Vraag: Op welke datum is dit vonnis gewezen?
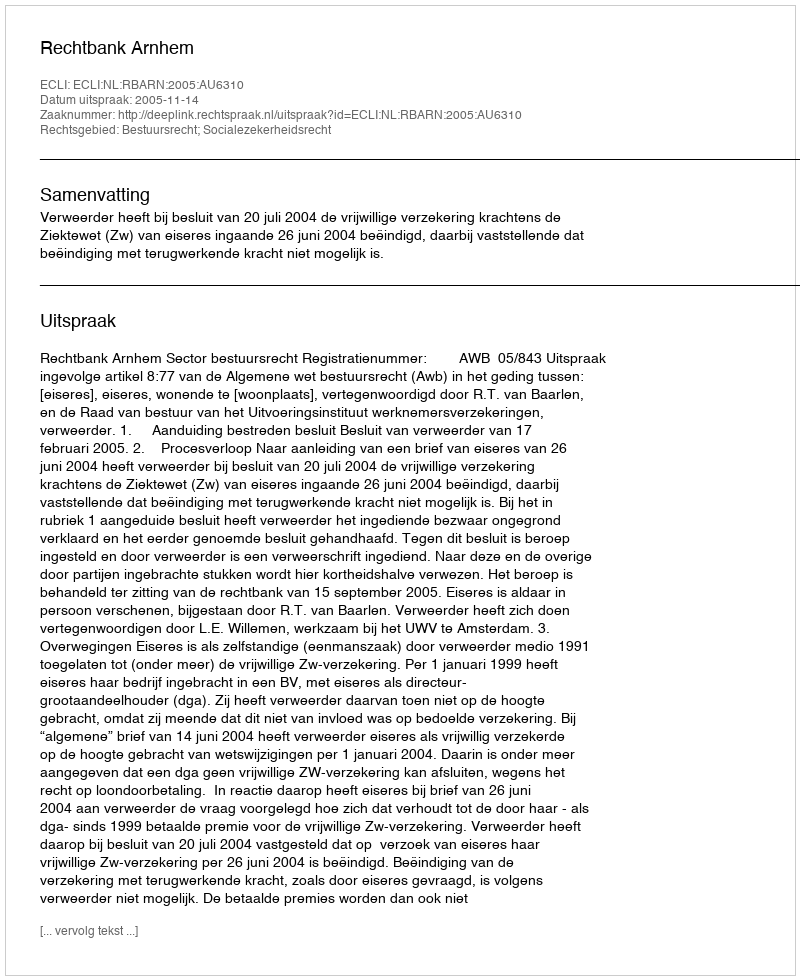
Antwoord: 2005-11-14